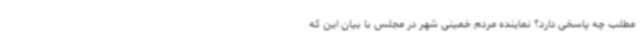
مطلب چه پاسخی دارد؟ نماینده مردم خمینی شهر در مجلس با بیان این که